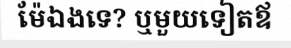
ម៉ែឯងទេ? ឬមួយទៀតឪ